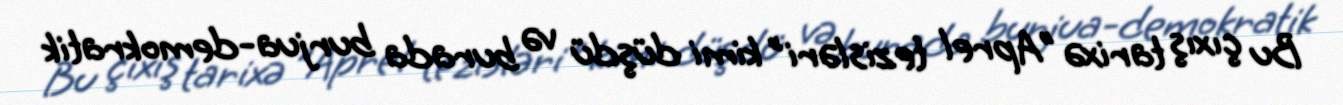
Bu çıxış tarixə "Aprel tezisləri" kimi düşdü və burada burjua-demokratik